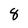
Character: 8